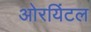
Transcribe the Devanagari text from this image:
ओरयिंटल